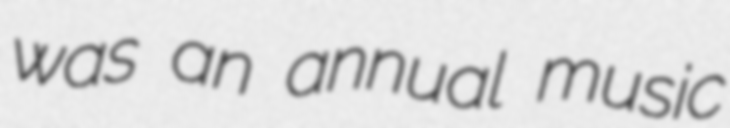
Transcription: was an annual music